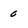
Character: 0